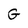
Character: G